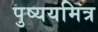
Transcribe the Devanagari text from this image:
पुष्ययमित्र